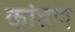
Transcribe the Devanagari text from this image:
कांडण